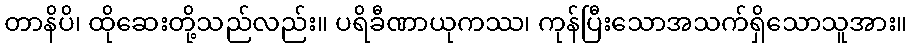
တာနိပိ၊ ထိုဆေးတို့သည်လည်း။ ပရိခီဏာယုကဿ၊ ကုန်ပြီးသောအသက်ရှိသောသူအား။